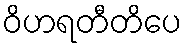
ဝိဟရတီတိပေ